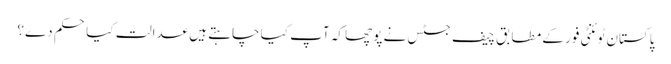
پاکستان ٹوئنٹی فور کے مطابق چیف جسٹس نے پوچھا کہ آپ کیا چاہتے ہیں عدالت کیا حکم دے؟